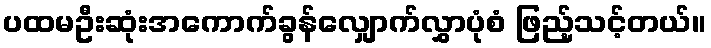
ပထမဦးဆုံးအကောက်ခွန်လျှောက်လွှာပုံစံ ဖြည့်သင့်တယ်။